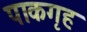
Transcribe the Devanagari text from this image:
पाकगृह